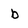
Character: b